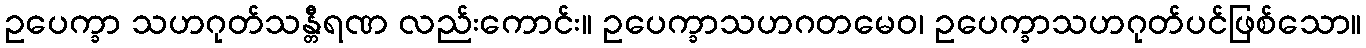
ဥပေက္ခာ သဟဂုတ်သန္တီရဏ လည်းကောင်း။ ဥပေက္ခာသဟဂတမေဝ၊ ဥပေက္ခာသဟဂုတ်ပင်ဖြစ်သော။